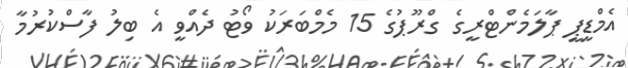
އެމްޑީޕީ ޕާލަމެންޓްރީގެ ގްރޫޕުގެ 15 މެމްބަރަކު ވޯޓު ދެއްވީ އެ ބިލު ފާސްކުރުމާ